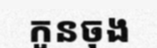
កូនចុង